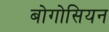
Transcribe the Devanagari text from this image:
बोगोसियन